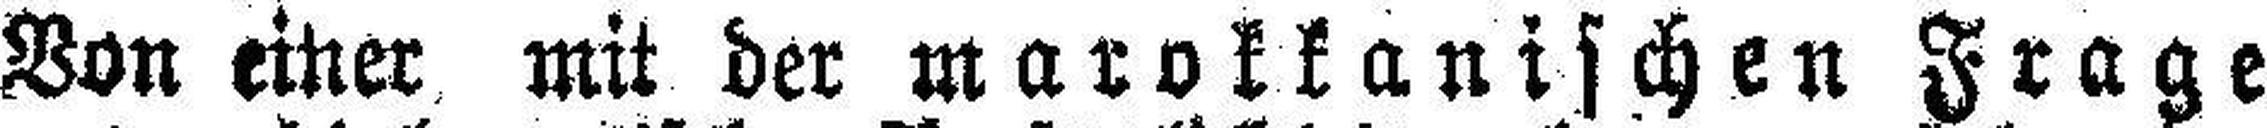
Von einer mit der marokkanischen Frage